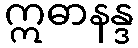
ဣဓာနန္ဒ